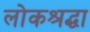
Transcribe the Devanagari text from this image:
लोकश्रद्धा